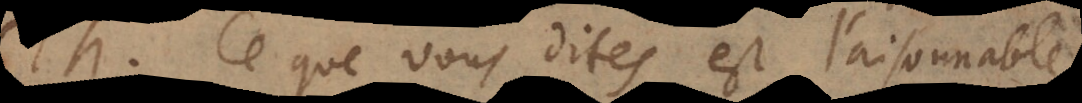
T. Ce que vous dites est raisonnabl